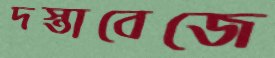
দস্তাবেজে